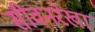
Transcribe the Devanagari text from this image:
सीवनरेखा